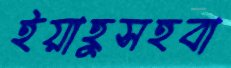
ইয়াহুসহবা